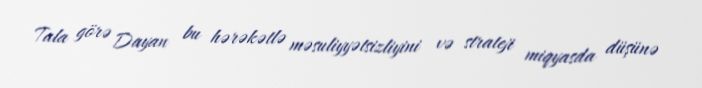
Tala görə Dayan bu hərəkətlə məsuliyyətsizliyini və strateji miqyasda düşünə